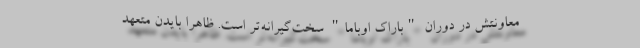
معاونتش در دوران "باراک اوباما" سخت‌گیرانه‌‌تر است. ظاهرا بایدن متعهد